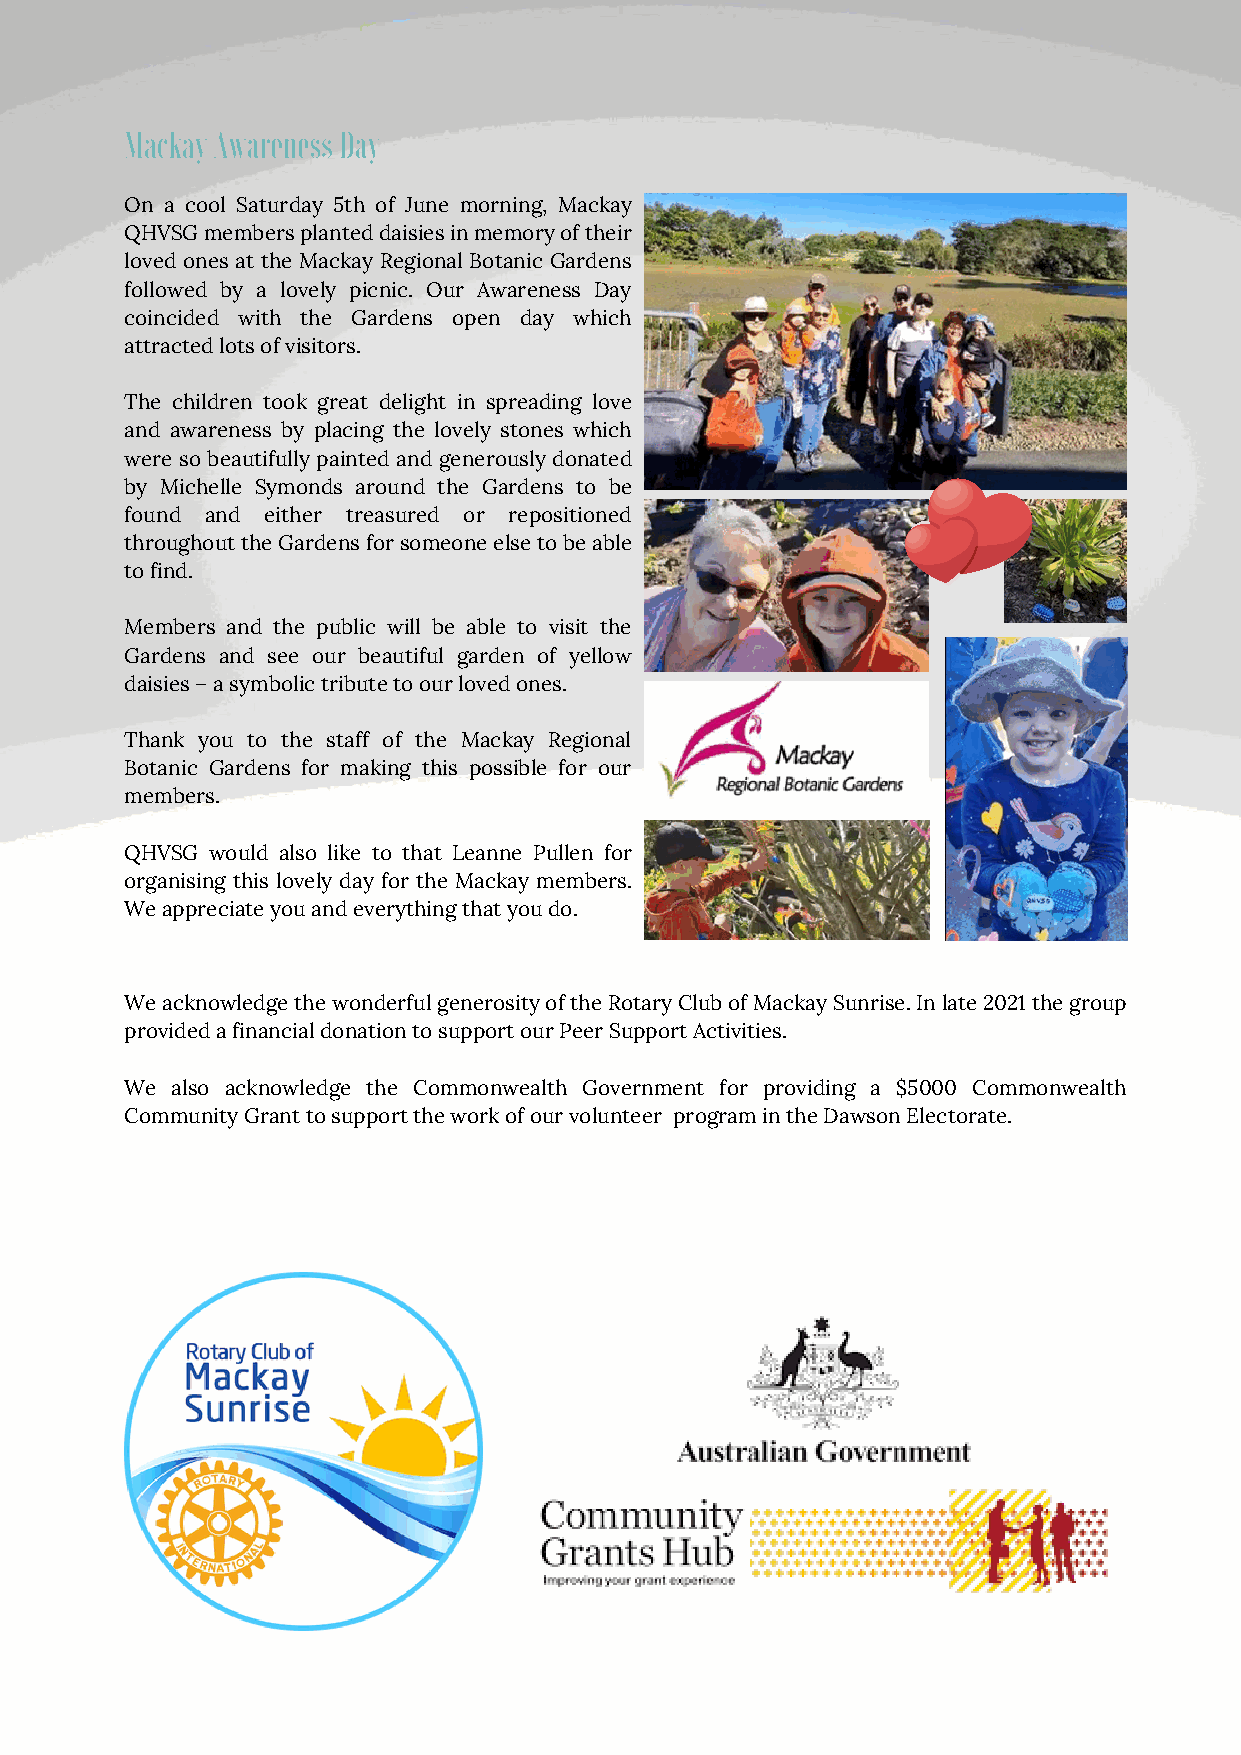
Mackay Awareness Day
 On a cool Saturday 5th of June morning, Mackay
 QHVSG members planted daisies in memory of their
 loved ones at the Mackay Regional Botanic Gardens
 followed by a lovely picnic. Our Awareness Day
 coincided with the Gardens open day which
 attracted lots of visitors.
 The children took great delight in spreading love
 and awareness by placing the lovely stones which
 were so beautifully painted and generously donated
 by Michelle Symonds around the Gardens to be
 found and either treasured or repositioned
 throughout the Gardens for someone else to be able
 to find.
 Members and the public will be able to visit the
 Gardens and see our beautiful garden of yellow
 daisies – a symbolic tribute to our loved ones.
 Thank you to the staff of the Mackay Regional
 Botanic Gardens for making this possible for our
 members.
 QHVSG would also like to that Leanne Pullen for
 organising this lovely day for the Mackay members.
 We appreciate you and everything that you do.
 We acknowledge the wonderful generosity of the Rotary Club of Mackay Sunrise. In late 2021 the group
 provided a financial donation to support our Peer Support Activities.
 We also acknowledge the Commonwealth Government for providing a $5000 Commonwealth
 Community Grant to support the work of our volunteer program in the Dawson Electorate.